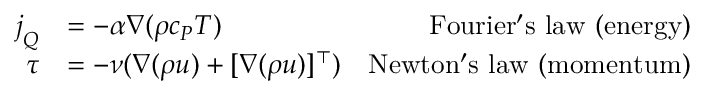
\begin{array} { r l r } { \boldsymbol { j } _ { Q } } & { = - \alpha \nabla ( \rho c _ { P } T ) } & { \mathrm { F o u r i e r ' s ~ l a w ~ ( e n e r g y ) } } \\ { \boldsymbol { \tau } } & { = - \nu ( \nabla ( \rho \boldsymbol { u } ) + [ \nabla ( \rho \boldsymbol { u } ) ] ^ { \top } ) } & { \mathrm { N e w t o n ' s ~ l a w ~ ( m o m e n t u m ) } } \end{array}